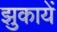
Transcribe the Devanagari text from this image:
झुकायें